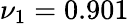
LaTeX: \nu_{1}=0.901